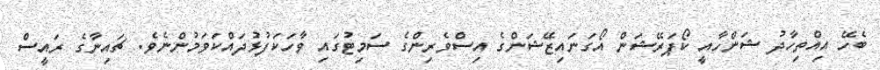
ބެހޭ އިއްތިހާދު ޝަންހާއީ ކޯޕަރޭޝަން އޯގަނައިޒޭޝަންގެ އިސްވެރިންގެ ސަމިޓުގައި ވާހަކަފުޅުދައްކަވަމުންނެވެ. ޗައިނާގެ ރައީސް